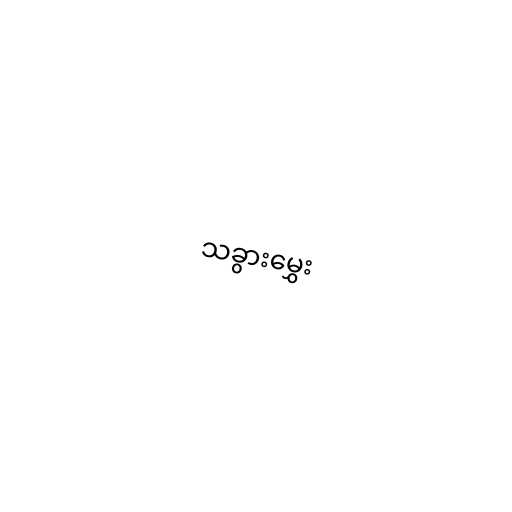
သခွားမွှေး